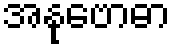
အနုဗောဓာ